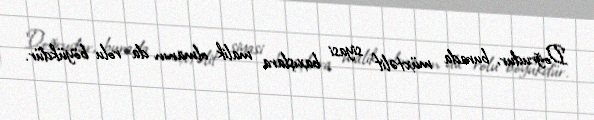
Doğrudur, burada müxtəlif siyasi baxışlara malik olmanın da rolu böyükdür.